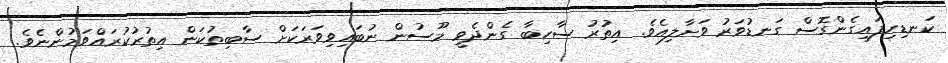
ކަނޑިހިފައިގެންގޮސް ގަނޑުވަރު ވަށާލިއެވެ. އިތުރު ސާހިބާ ގެންދެވީ މޫސުން ނުބައިވިވަރަކަށް ސާބިތުކަން އިތުރުކުރައްވަމުންނެވެ.